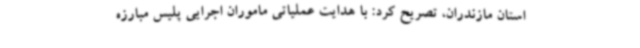
استان مازندران، تصریح کرد: با هدایت عملیاتی ماموران اجرایی پلیس مبارزه